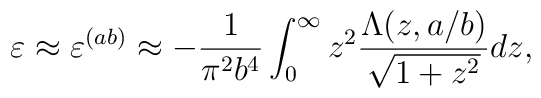
\varepsilon \approx \varepsilon ^{(ab)}\approx -\frac{1}{\pi ^2b^4}\int_{0}^{\infty}{z^2\frac{\Lambda (z,a/b)}{\sqrt{1+z^2}}dz},